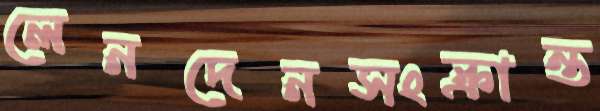
লেনদেনসংক্রান্ত